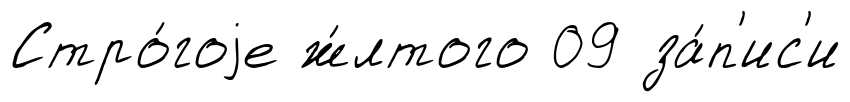
Стро́гоjе ж́лтого 09 за́п'ис'и